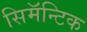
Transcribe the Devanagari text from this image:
सिमॅन्टिक